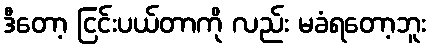
ဒီတော့ ငြင်းပယ်တာကို လည်း မခံရတော့ဘူး